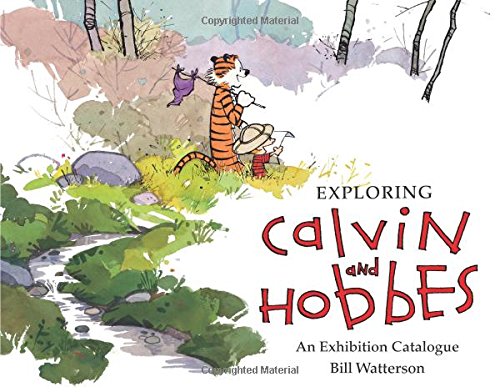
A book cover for Exploring Calvin and Hobbes: An Exhibition Catalogue; Bill Watterson; Comics & Graphic Novels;